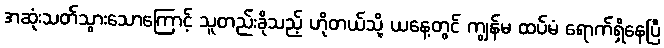
အဆုံးသတ်သွားသောကြောင့် သူတည်းခိုသည့် ဟိုတယ်သို့ ယနေ့တွင် ကျွန်မ ထပ်မံ ရောက်ရှိနေပြီ